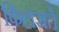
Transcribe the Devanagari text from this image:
फ़िलसते